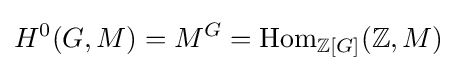
H^{0}(G,M)=M^{G}=\operatorname {Hom} _{\mathbb {Z} [G]}(\mathbb {Z} ,M)